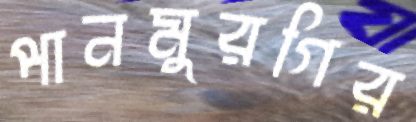
পানমুরগির